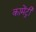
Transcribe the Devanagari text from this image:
कामेंट्री